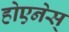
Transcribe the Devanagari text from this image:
होएनेस्